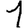
Digit: 1